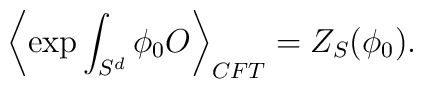
\left\langle \exp\int_{S^d}\phi_0 O\right\rangle_{CFT}=Z_S(\phi_0).